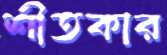
শীতকার